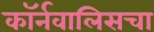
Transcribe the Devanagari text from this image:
कॉर्नवालिसचा